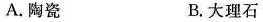
A.陶瓷 B.大理石